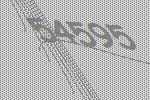
54595